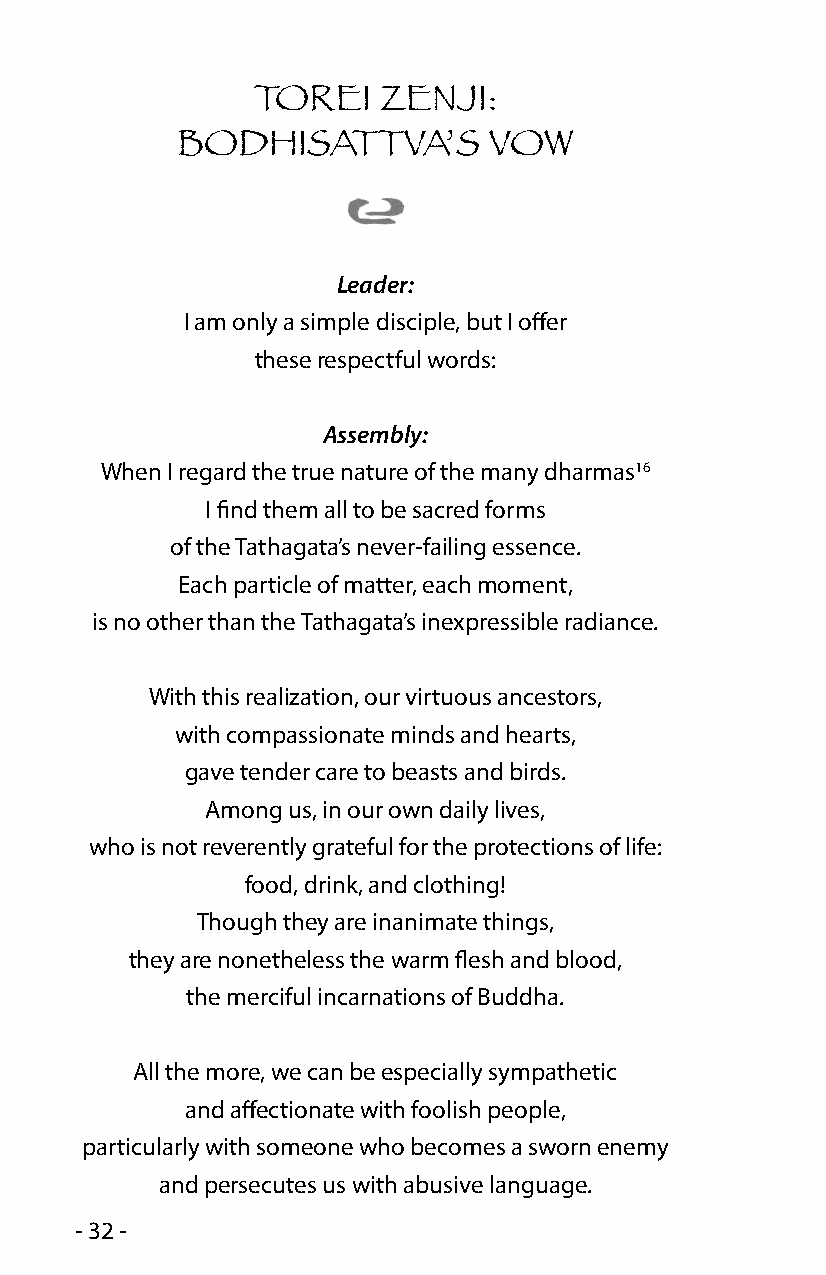
TOREI   ZENJI:
 BODHISATTVA’S       VOW
 Leader:
 I am only a simple disciple, but I offer
 these respectful words:
 Assembly:
 When I regard the true nature of the many dharmas16
 I find them all to be sacred forms
 of the Tathagata’s never-failing essence.
 Each particle of matter, each moment,
 is no other than the Tathagata’s inexpressible radiance.
 With this realization, our virtuous ancestors,
 with compassionate minds and hearts,
 gave tender care to beasts and birds.
 Among us, in our own daily lives,
 who is not reverently grateful for the protections of life:
 food, drink, and clothing!
 Though they are inanimate things,
 they are nonetheless the warm flesh and blood,
 the merciful incarnations of Buddha.
 All the more, we can be especially sympathetic
 and affectionate with foolish people,
 particularly with someone who becomes a sworn enemy
 and persecutes us with abusive language.
 - 32 -